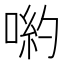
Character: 喲